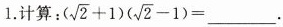
1.计算： $$(\sqrt{2}+1)(\sqrt{2}-1)=$$ ___。